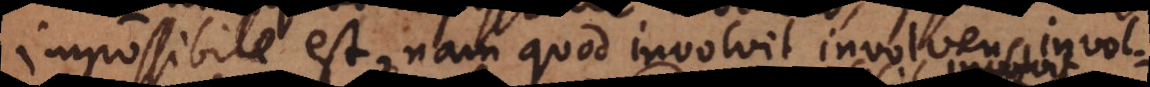
impossibile est, nam quod involvit involvens involvit